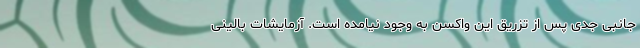
جانبی جدی پس از تزریق این واکسن به وجود نیامده است. آزمایشات بالینی